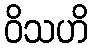
ဝိသဟိ